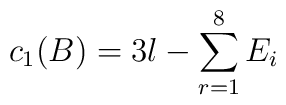
c_{1}(B)= 3l- \sum_{r=1}^{8} E_{i}